Indian Medical Review
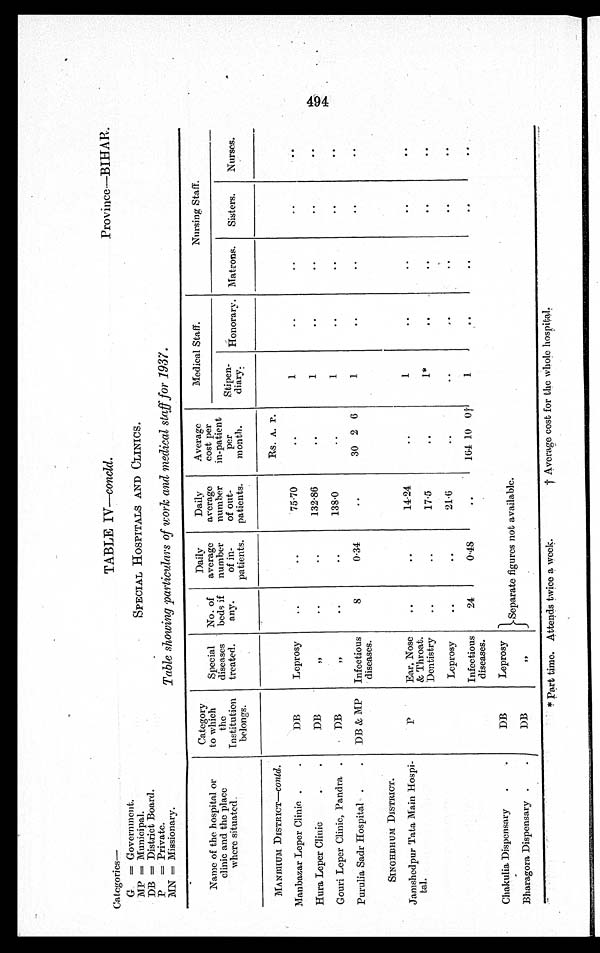
Categories—
TABLE IV—concld.
Province—BIHAR.
G=Government.
MP = Municipal.
SPECIAL HOSPITALS AND CLINICS.
DB = District Board.
P = Private.
MN = Missionary.
Table showing particulars of work and medical staff for 1937.
Name of the hospital or
clinic and the place
where situated.
Category
to which
the
Institution
belongs.
Special
diseases
treated.
No. of
beds if
any.
Daily
average
number
of in-
patients.
Daily
average
number
of out-
patients.
Average
cost per
in-patient
per
month.
Medical Staff.
Nursing Staff.
Stipe n-
diary.
Honorary. Matrons.
Sisters.
Nurses.
MANBHUM DISTRIC T—COnld .
DB
Leprosy
..
..
75.70
Rs. A. P.
1
..
..
. .
. .
Manbazar Leper Clinic .
.
..
Hura Leper Clinic.
.
DB
„
. .
. . 132.86
..
1
..
..
..
..
Gouri Leper Clinic, Pandra .
DB
„
. .
. . 138.0
..
1
..
..
. .
. .
Purulia Sadr Hospital .
.
DB & MP Infectious
diseases.
8
0.34
..
30 2 6
1
. .
..
. .
. .
SINGHBHUM DISTRICT.
Jamshedpur Tata Main Hospi-
tal.
P
Ear, Nose
& Throat.
. .
..
14.24
..
1
..
..
..
..
Dentistry ..
. .
1 7 . 5
. .
1*
..
..
..
..
Leprosy
..
..
21.6
..
..
. .
..
..
..
Infectious
diseases.
24
0.48
..
164 10 0†
1
. .
..
. .
. .
Chakulia Dispensary
.
.
DB
Leprosy
Separate figures not available.
Bharagora Dispensary .
.
DB
„
* P a r t t i m e . A t t e n d s t w i c e a w e e k .
† A v e r a g e c o s t f o r t h e w h o l e h o s p i t a l .
494